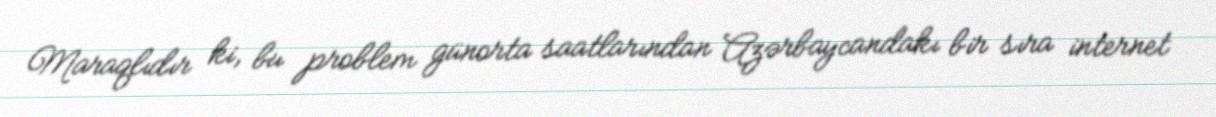
Maraqlıdır ki, bu problem günorta saatlarından Azərbaycandakı bir sıra internet